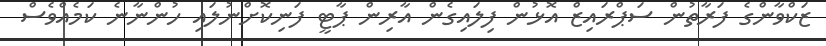
ޒަކްވާންގެ ފަރާތުން ސަޕްރައިޒް އޮޅުން ފިލައިގެން އާރިން ޕާޓީ ފަނިކޮށްނުލައި ހުންނާނެ ކަމެއްވެސް